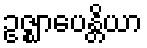
ဥဇ္ဈာပေန္တိယာ